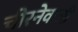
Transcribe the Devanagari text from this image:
चीरनेवाली